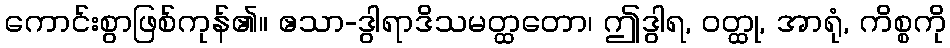
ကောင်းစွာဖြစ်ကုန်၏။ ဧသာ-ဒွါရာဒိသမတ္ထတော၊ ဤဒွါရ, ဝတ္ထု, အာရုံ, ကိစ္စကို